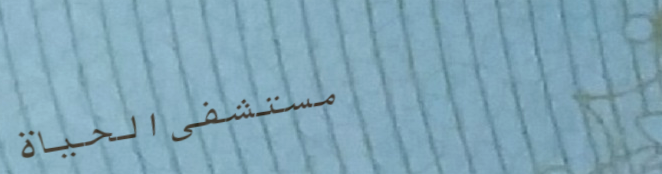
مستشفى الحياة